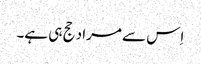
اِس سے مراد حج ہی ہے۔